Leningradi_Edasi_toimetus, lk 185
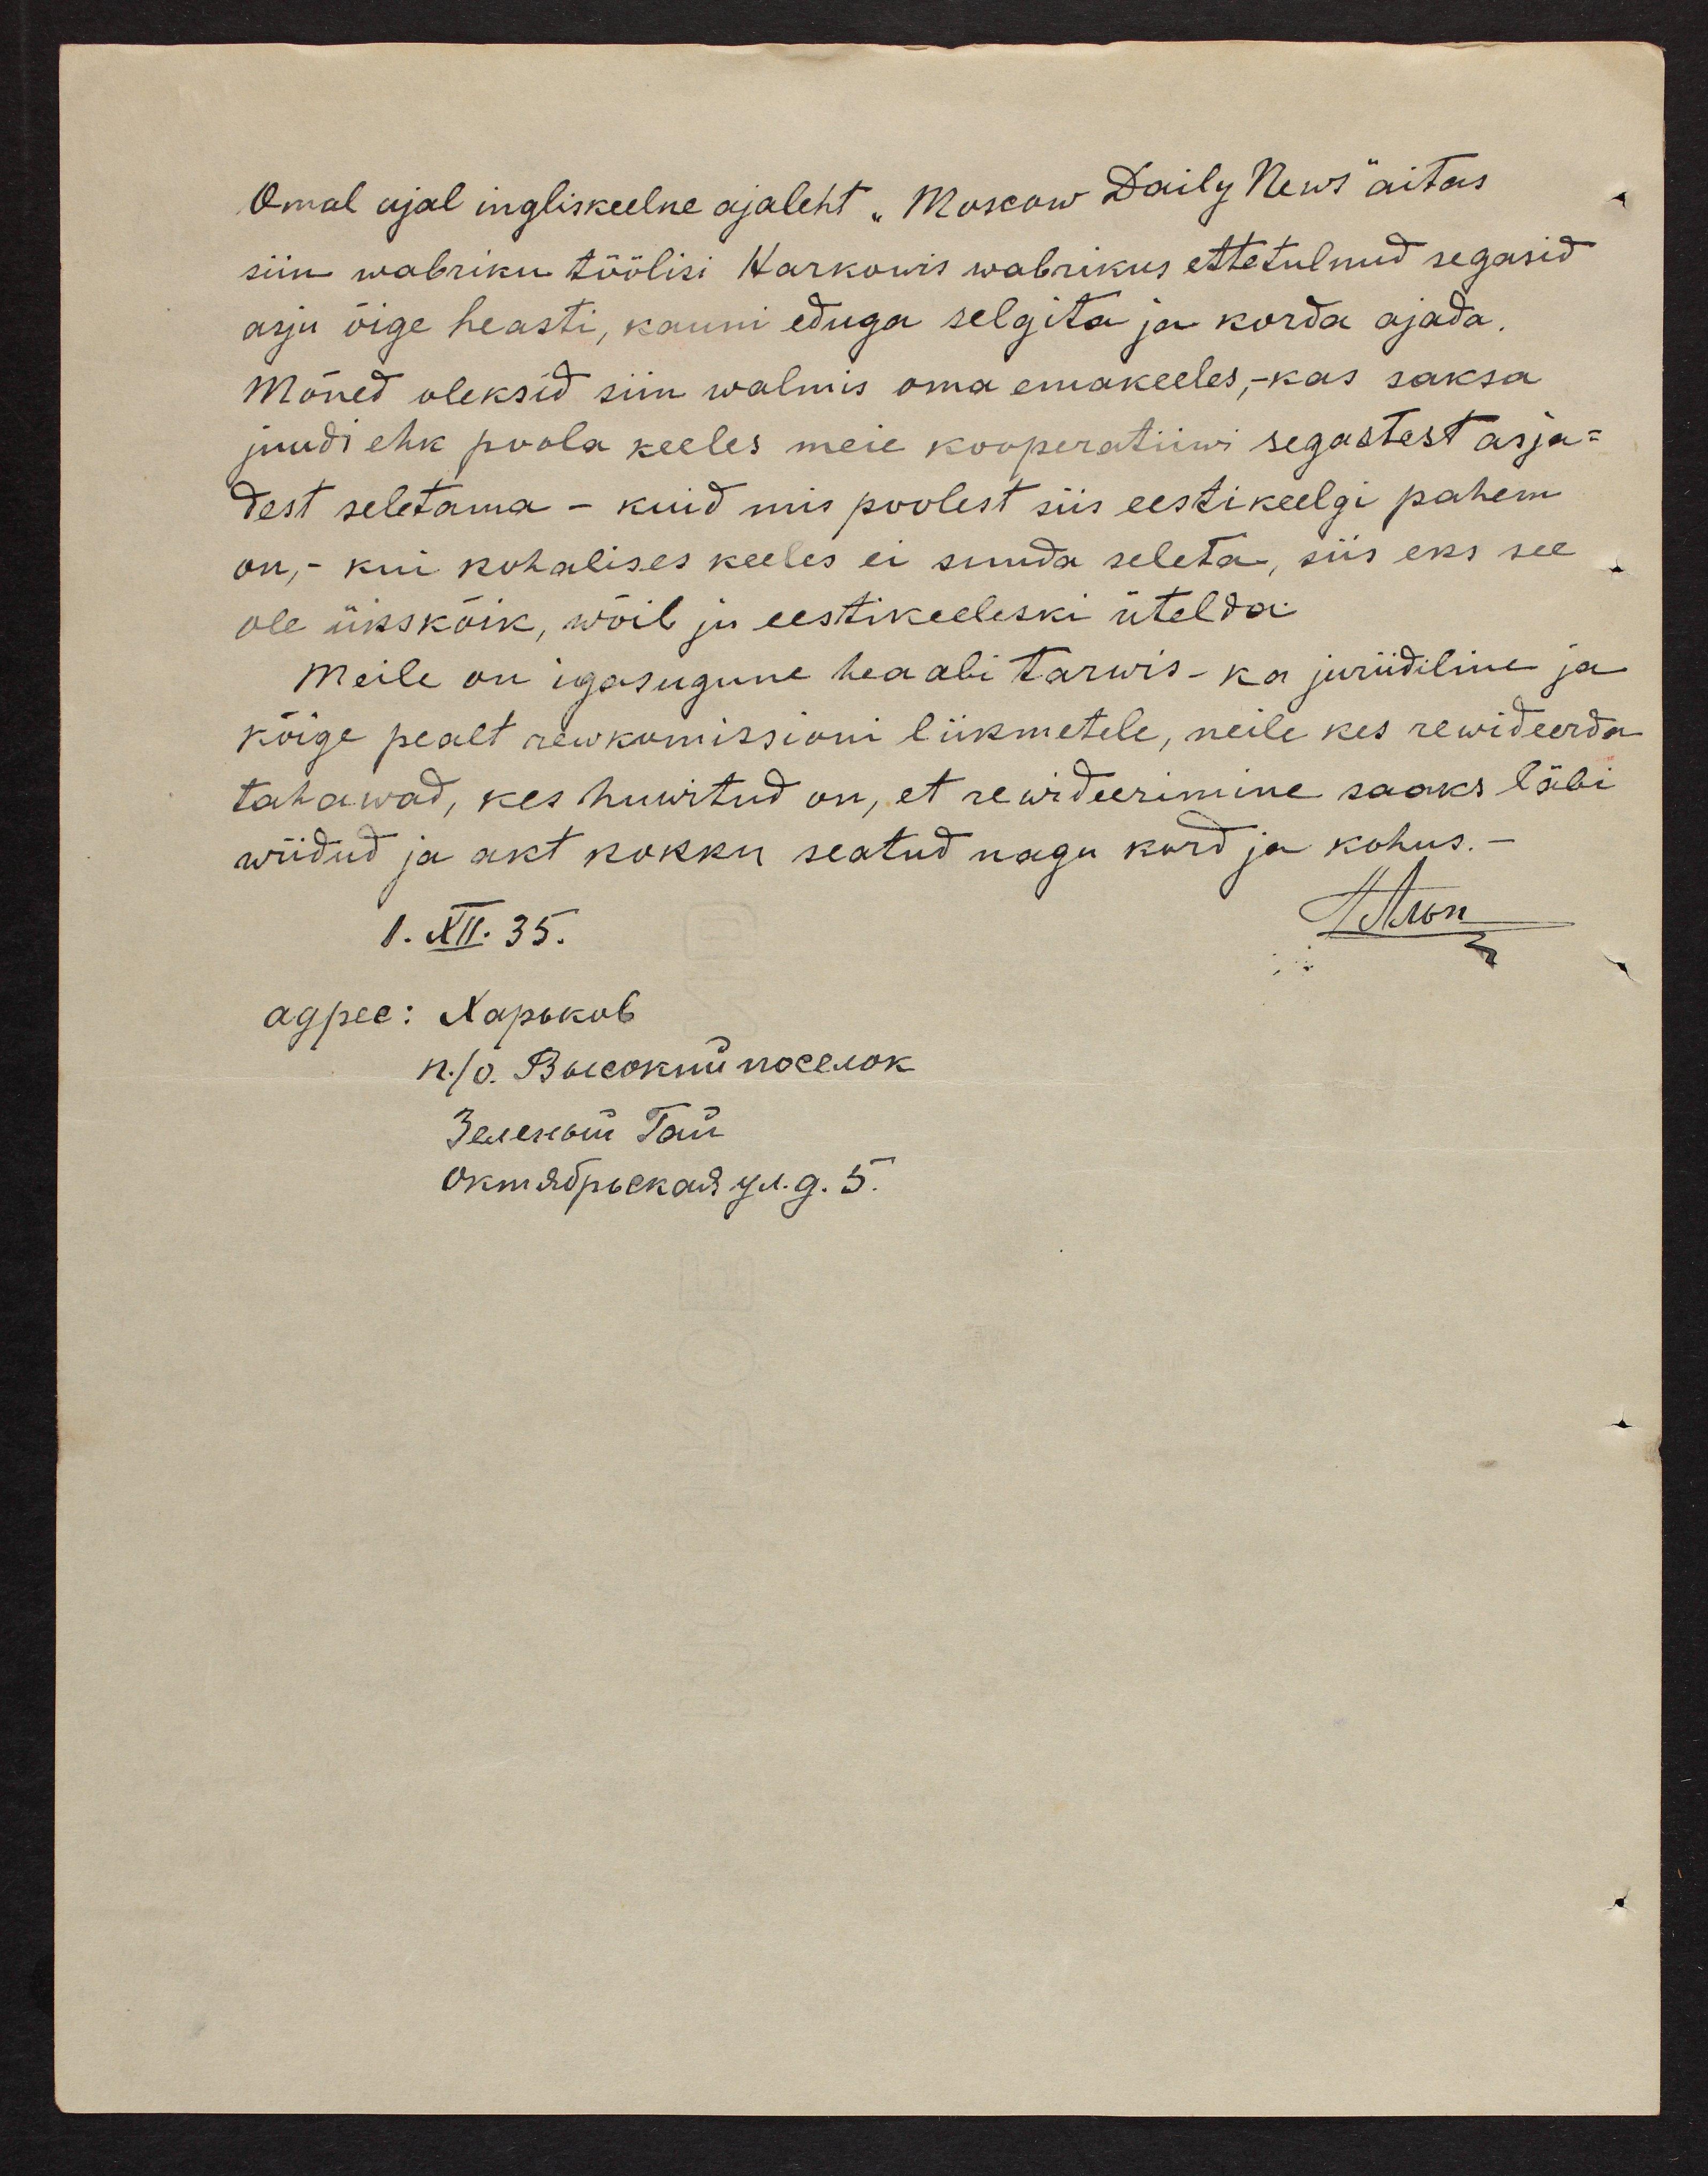
Omal ajal ingliseelne ajaleht "Museow Daily News" aitas
siin wabriku töölisi Karkowis wabrikus ettetulnud segasid
asju õige heasti, kauni eduga selgita ja korda ajada.
Mõned oleksid siin walmis oma emakeeles,- kas saksa
juudi ehk poola keeles meie kooperatiivi segastest asja-
dest seletama - kuid mis poolest siis eestikeelgi pahem
on, - kui kohalises keeles ei suuda seleta, siis eks see
ole ükskõik, wõib ju eestikeeleski ütelda.
Meile on igasugune hea abi tarwis - ka juriidiline ja
kõige pealt rewkomissioni liikmetele, neile kes rewideerda
tahawad, kes huwitud on, et rewideerimine saaks läbi
wiidud ja akt kokku seatud nagu kord ja kohus.
1. XII. 35.
A. Aron